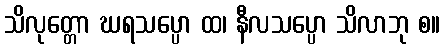
သိလုတ္တော ဃရသပ္ပော ထ၊ နီလသပ္ပော သိလာဘု စ။